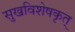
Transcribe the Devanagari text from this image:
सुखविशेषकृत्